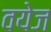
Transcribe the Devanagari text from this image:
वयेज